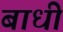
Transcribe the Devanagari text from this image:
बाधी